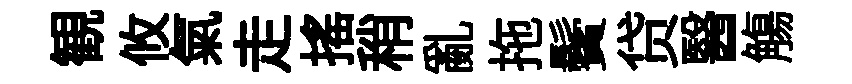
観攸氣走搖稍亂拖鬢贷醫觴